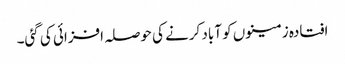
افتادہ زمینوں کو آباد کرنے کی حوصلہ افزائی کی گئی۔